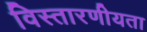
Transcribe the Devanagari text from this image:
विस्तारणीयता